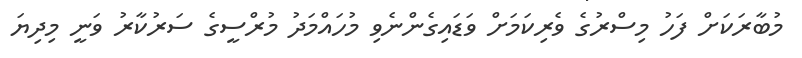
މުބާރަކަށް ފަހު މިސްރުގެ ވެރިކަމަށް ވަޑައިގެންނެވި މުހައްމަދު މުރްސީގެ ސަރުކާރު ވަނީ މިދިޔަ